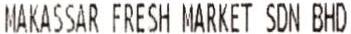
MAKASSAR FRESH MARKET SDN BHD